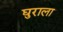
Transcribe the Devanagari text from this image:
घुराला